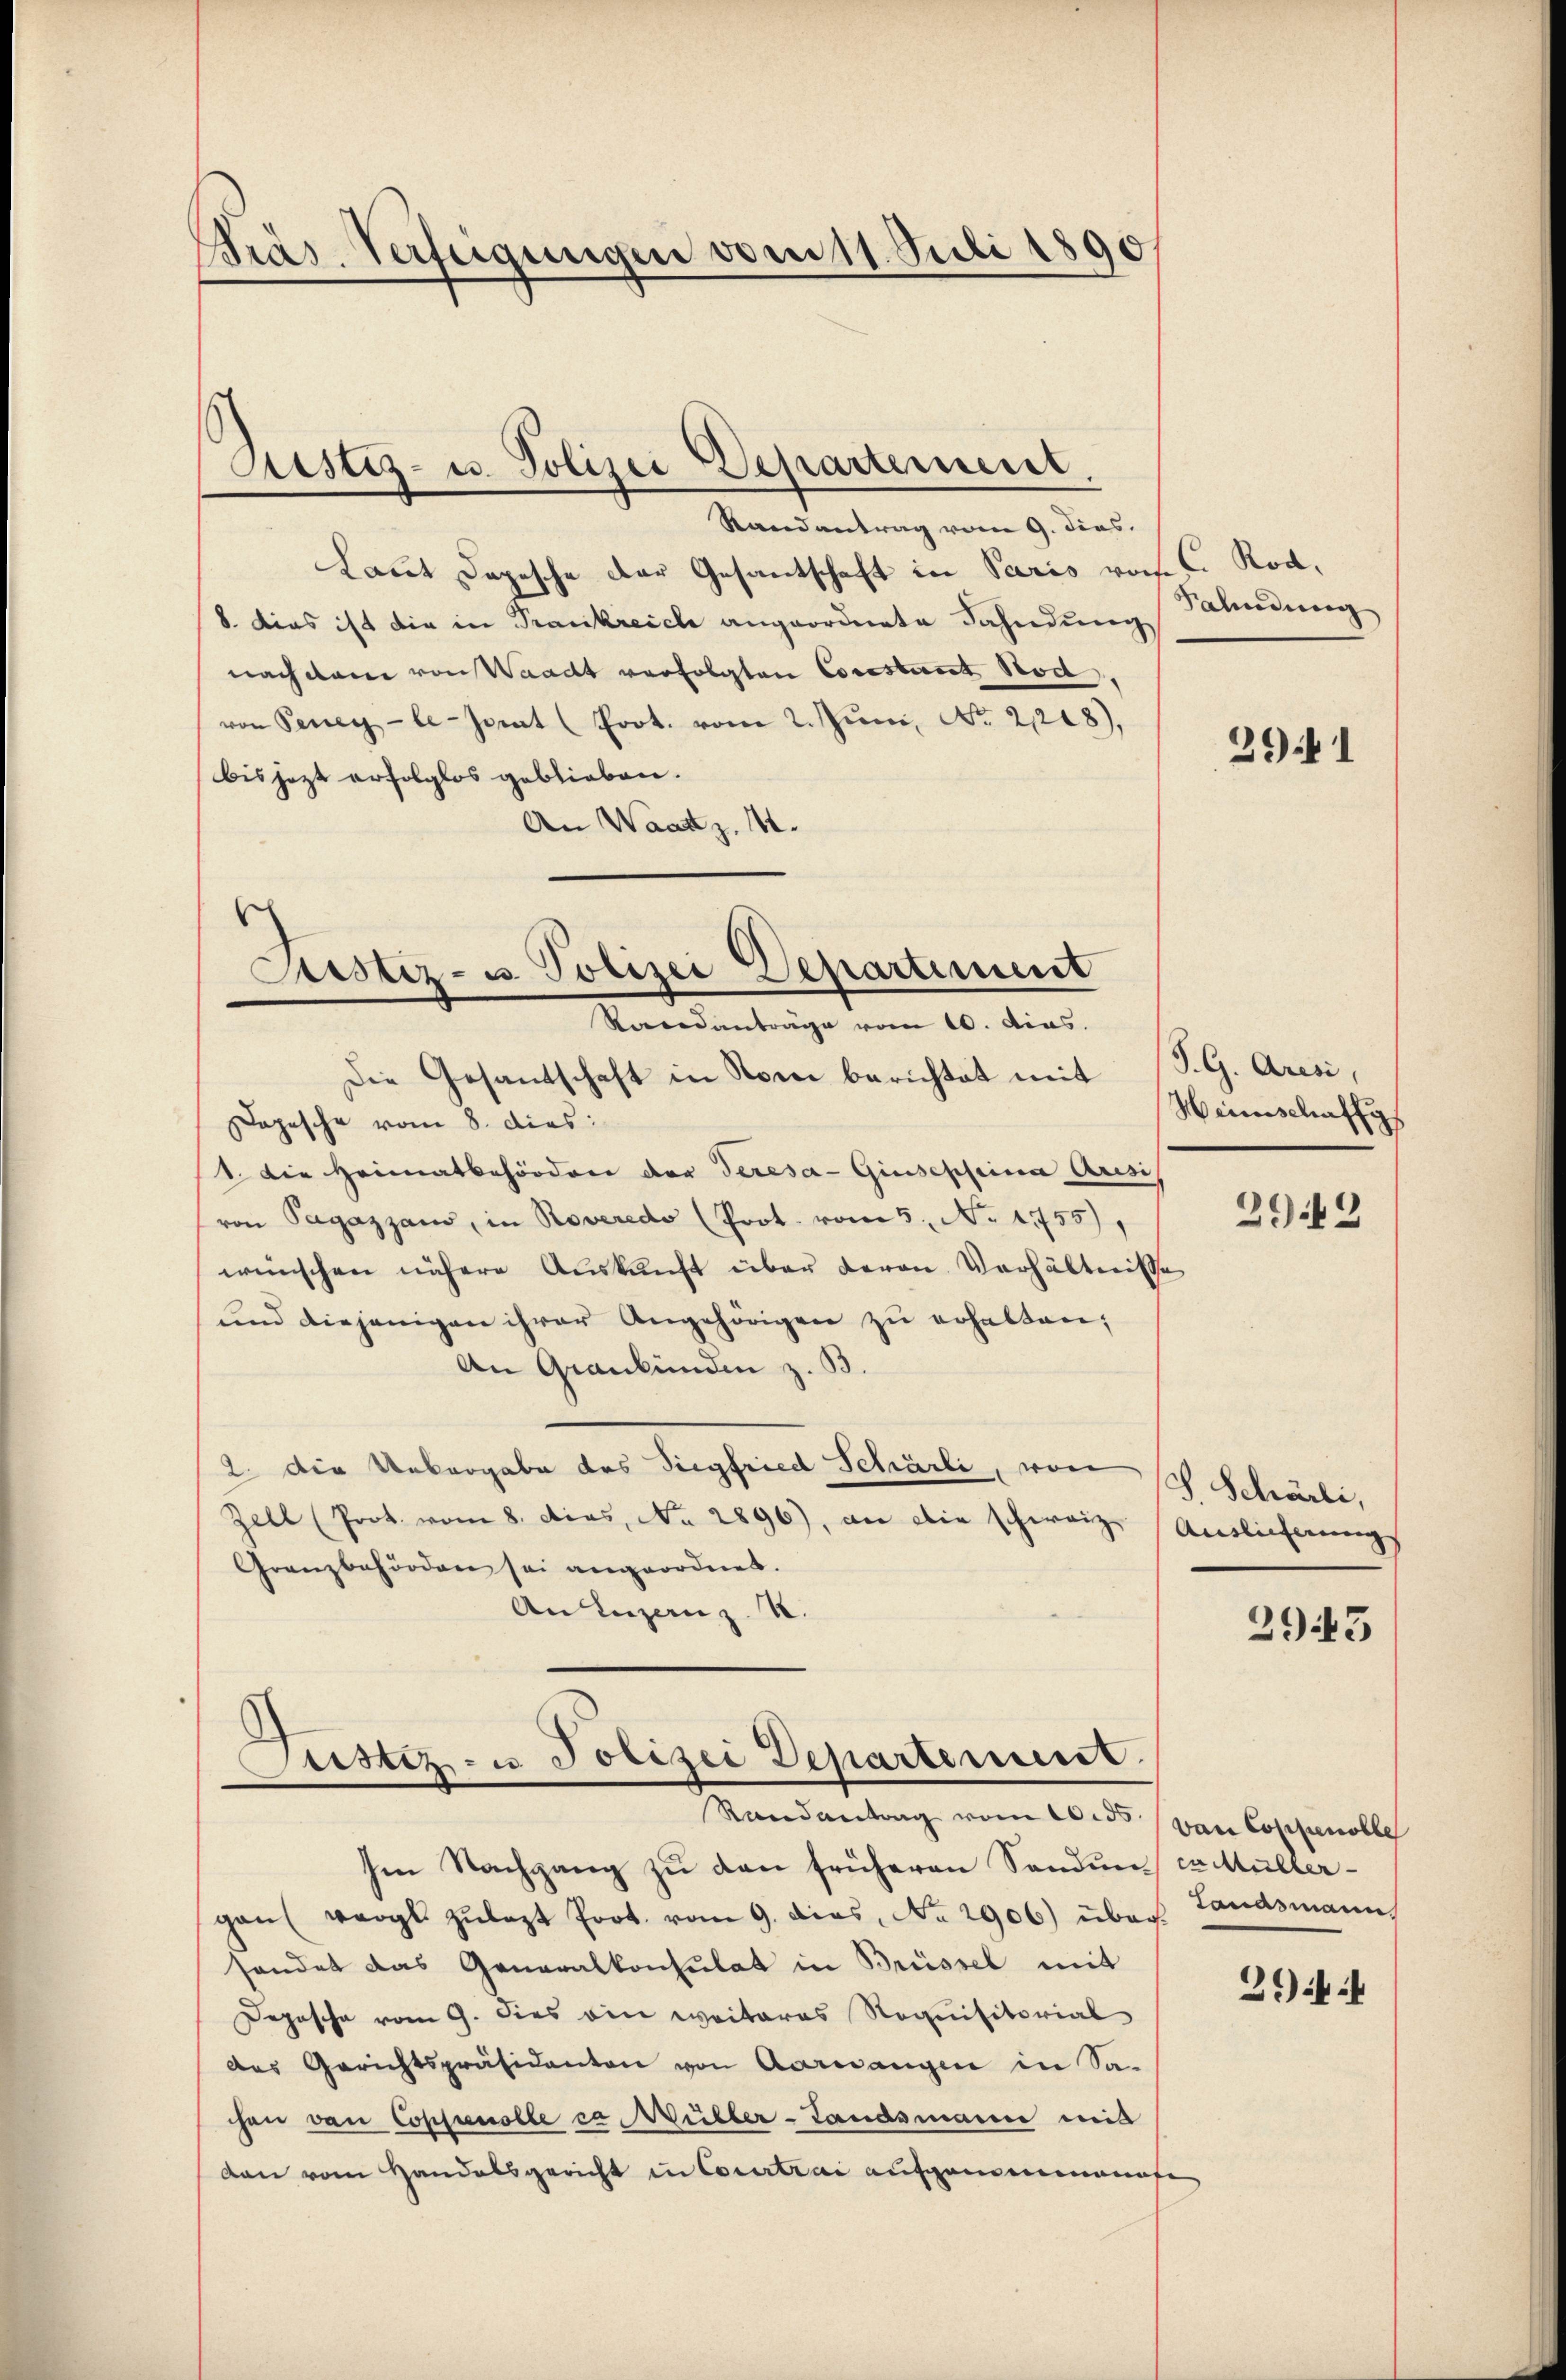
Präs. Verfügungen vom 11. Juli 1890

Justiz- u. Polizei Departement.

Randantrag vom 9. dies
Laut Depesche der Gesantschaft in Paris von F. Rod¬
8. dies ist die in Trankreiche angeordnete Fahndung
nach dem von Waadt verfolgten Cosestent od
von Peney-le-Jonat (Prot. vom 2. Juni, No. 21218),
bis jezt erfolglos geblieben.
An Waattz. 41.

Justiz- u. Polizei Departement
Rerendanträge vom 10. dias.

Die Gesandschaft in Nori berichtet mit
Dopesche vom 8. dies:
1. Die Heimatbehördere der Teresa-Giusephina Arisis
von Pagazzano, in Roveredo (Prot. vom 5. No. 1755),
wünschen nähere Auskunft über deron Verhältnisse
und diejenigen ihrer Angehörigen zu erhalten;
An Graubünden z. B.
2. Die Uebergabe des Siegfried Schärli, von sch Schärli,
Zell (Prot. vom 8. dies, No. 2896), an die schweiz. Auslieferungs
Granzbehörden sei angeordnet.
An Luzern z. B.

Justiz- u Polizei Departement
Randantrag vom eids von Coppnoble
Im Nachgang zu den früheren Sondum ca Müller¬

Salindung

gaun vorgt zulezt Prot. vom 9. dies, No 2906) über. Landsmann
sendet das Generalkonsulat in Brüssel mit
Depesche vom 9. dies ein weiteres Requisitorial
des Gerichtspräsidenten von Aarwangen in Sachen von Copienolle ca. Willer-Landsmann mit
den vom Handelsgericht in Courtrai aufgeminmonate

2941

S. G. Aresi,
Weinschaffg

2943

2943

294 f